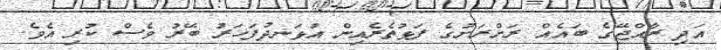
އަދި ރާއްޖޭގެ ބައެއް ރަށްރަށުގެ ފަޅުތެރެއިން އުޅަނދުފަހަރު ބޭރު ވެސް ކުރި އެވެ.